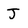
Character: J